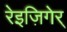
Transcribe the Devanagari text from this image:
रेइज़िगेर्